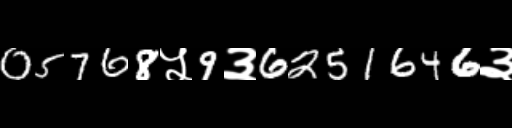
Text: 05768५9३6251646३